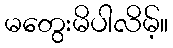
မတွေးမိပါလိမ့်။